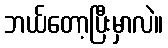
ဘယ်တော့ပြီးမှာလဲ။